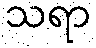
သရာ